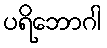
ပရိဘောဂါ